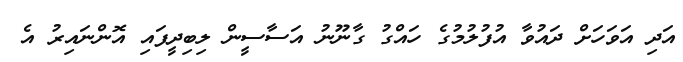
އަދި އަވަހަށް ދައުވާ އުފުލުމުގެ ހައްގު ގާނޫނު އަސާސީން ލިބިދީފައި އޮންނައިރު އެ